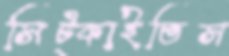
সিট্‌কাইতিস